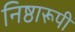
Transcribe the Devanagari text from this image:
निष्ठारूपी